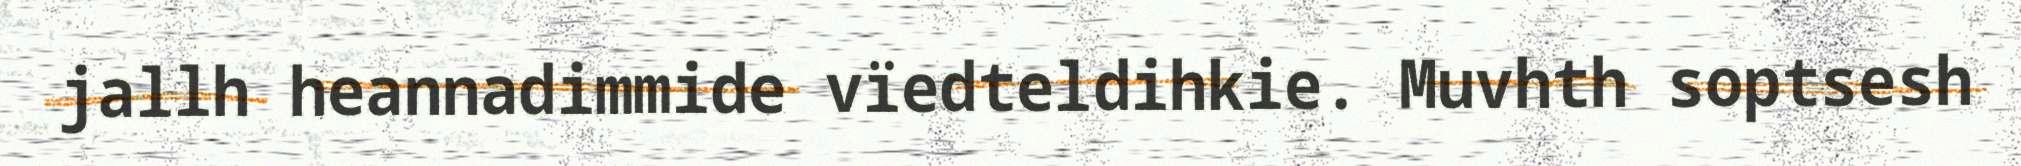
jallh heannadimmide vïedteldihkie. Muvhth soptsesh